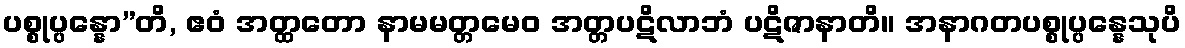
ပစ္စုပ္ပန္နော”တိ, ဧဝံ အတ္ထတော နာမမတ္တမေဝ အတ္တပဋိလာဘံ ပဋိဇာနာတိ။ အနာဂတပစ္စုပ္ပန္နေသုပိ